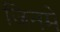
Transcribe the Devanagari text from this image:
जिनमें